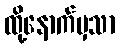
ထို့နောက်မှသာ